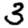
Digit: 3